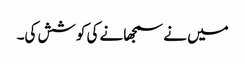
میں نے سمجھانے کی کوشش کی۔